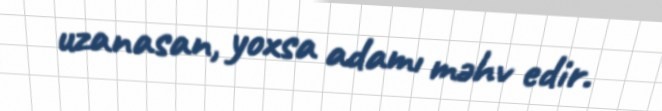
uzanasan, yoxsa adamı məhv edir.